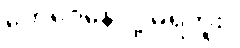
တွေဝေနေလို့ မရဘူး။